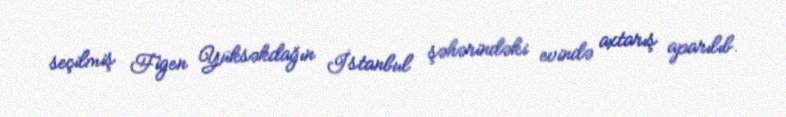
seçilmiş Figen Yüksəkdağın İstanbul şəhərindəki evində axtarış aparılıb.